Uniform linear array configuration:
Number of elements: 24
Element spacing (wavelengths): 0.75
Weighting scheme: binomial
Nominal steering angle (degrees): -15
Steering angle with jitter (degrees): -14.285
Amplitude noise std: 0.05
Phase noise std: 0.05

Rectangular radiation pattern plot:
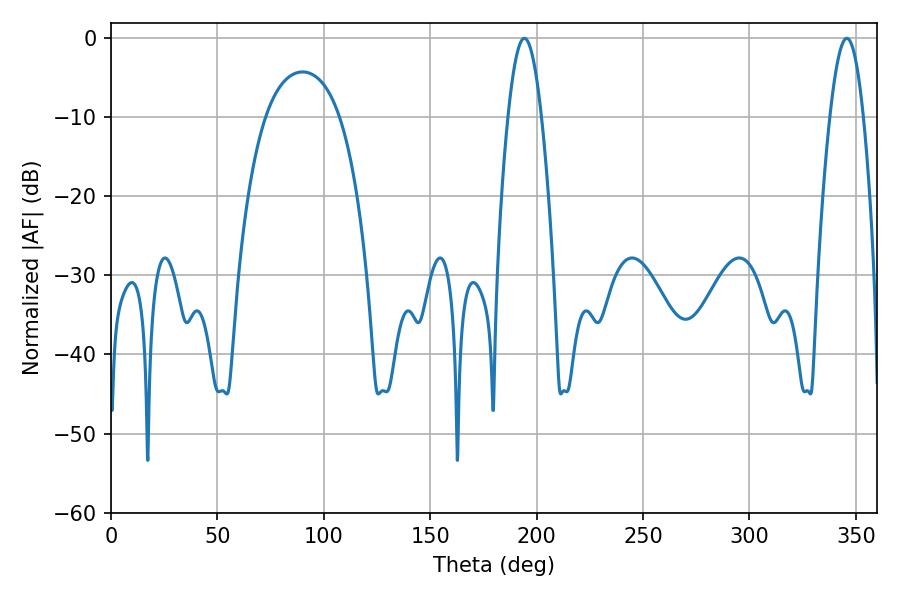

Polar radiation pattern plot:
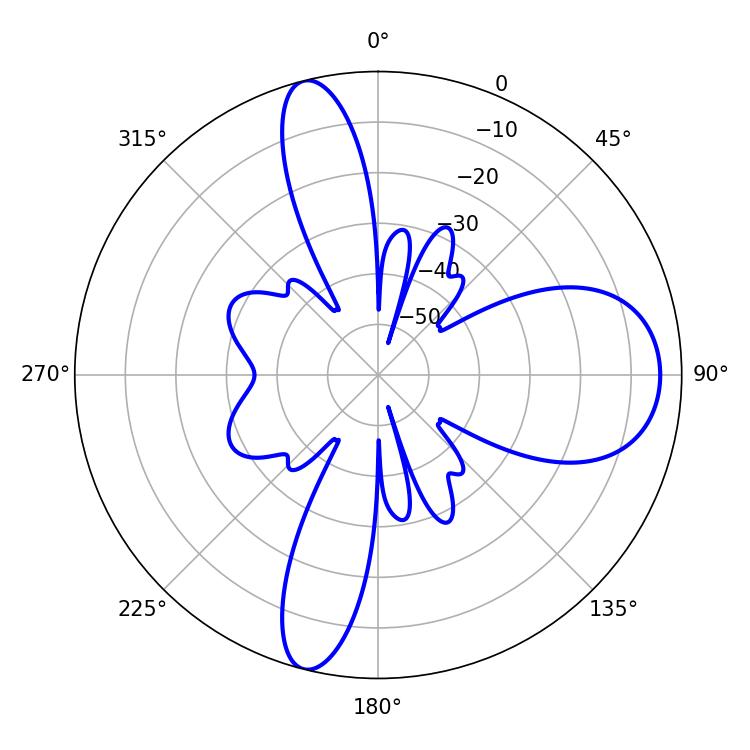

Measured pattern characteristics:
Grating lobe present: TRUE
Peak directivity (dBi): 13.33
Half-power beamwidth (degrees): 8.46
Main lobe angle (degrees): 194.22